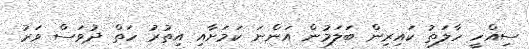
ސިއްހީ ހާލަތު ކައިރިން ބަލަމުން އަންނަ ކަމަށާއި އިތުރު ހަތް ދުވަސް ވަރު